Hæmogregarina gerbilli - Number 18
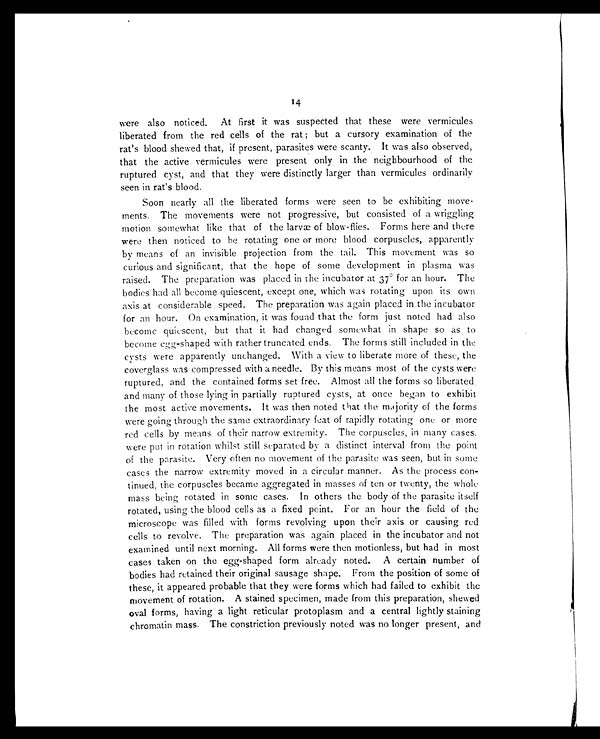
14
were also noticed. At first it was suspected that these were vermicules
liberated from the red cells of the rat; but a cursory examination of the
rat's blood shewed that, if present, parasites were scanty. It was also observed,
that the active vermicules were present only in the neighbourhood of the
ruptured cyst, and that they were distinctly larger than vermicules ordinarily
seen in rat's blood.
Soon nearly all the liberated forms were seen to be exhibiting move-
ments. The movements were not progressive, but consisted of a wriggling
motion somewhat like that of the larvæ of blow-flies. Forms here and there
were then noticed to he rotating one or more blood corpuscles, apparently
by means of an invisible projection from the tail. This movement was so
curious and significant, that the hope of some development in plasma was
raised. The preparation was placed in the incubator at 37° for an hour. The
bodies had all become quiescent, except one, which was rotating upon its own
axis at considerable speed. The preparation was again placed in the incubator
for an hour. On examination, it was found that the form just noted had also
become quiescent, but that it had changed somewhat in shape so as to
become egg-shaped with rather truncated ends. The forms still included in the
cysts were apparently unchanged. With a view to liberate more of these, the
coverglass was compressed with a needle. By this means most of the cysts were
ruptured, and the contained forms set free. Almost all the forms so liberated
and many of those lying in partially ruptured cysts, at once began to exhibit
the most active movements. It was then noted that the majority of the forms
were going through the same extraordinary feat of rapidly rotating one or more
red cells by means of their narrow extremity. The corpuscles, in many cases,
were put in rotation whilst still separated by a distinct interval from the point
of the parasite. Very often no movement of the parasite was seen, but in some
cases the narrow extremity moved in a circular manner. As the process con-
tinued, the corpuscles became aggregated in masses of ten or twenty, the whole
mass being rotated in some cases. In others the body of the parasite itself
rotated, using the blood cells as a fixed point. For an hour the field of the
microscope was filled with forms revolving upon their axis or causing red
cells to revolve. The preparation was again placed in the incubator and not
examined until next morning. All forms were then motionless, but had in most
cases taken on the egg-shaped form already noted. A certain number of
bodies had retained their original sausage shape. From the position of some of
these, it appeared probable that they were forms which had failed to exhibit the
movement of rotation. A stained specimen, made from this preparation, shewed
oval forms, having a light reticular protoplasm and a central lightly staining
chromatin mass. The constriction previously noted was no longer present, and